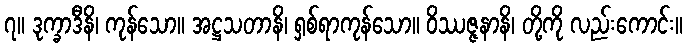
၇။ ဒုက္ခာဒီနိ၊ ကုန်သော။ အဋ္ဌသတာနိ၊ ရှစ်ရာကုန်သော။ ဝိဿဇ္ဇနာနိ၊ တို့ကို လည်းကောင်း။